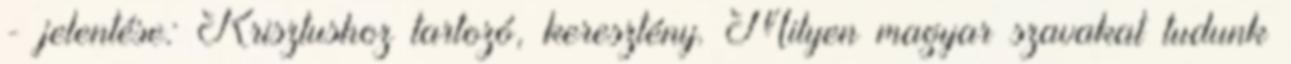
- jelentése: Krisztushoz tartozó, keresztény. Milyen magyar szavakat tudunk